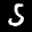
Label: 5